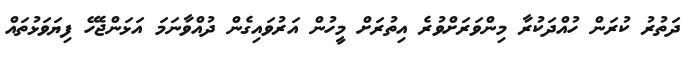
ދަތުރު ކުރަން ހުއްދަކުރާ މިންވަރަށްވުރެ އިތުރަށް މީހުން އަރުވައިގެން ދުއްވާނަމަ އަޅަންޖެހޭ ފިޔަވަޅުތައް